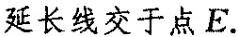
延长线交于点E.